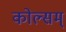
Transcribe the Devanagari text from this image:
कोल्सम्‌